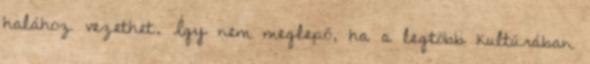
halához vezethet. Így nem meglepő, ha a legtöbb kultúrában